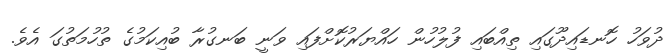
ދުވަހު ހޮނޑައިދޫގައި ތިއްބައި ފުލުހުން ހައްޔަރުކޮށްފައި ވަނީ ބަނގުރާ ބުއިކަމުގެ ތުހުމަތުގަ އެވެ.